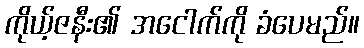
ကိုယ့်ဇနီး၏ အငေါက်ကို ခံပေမည်။